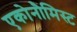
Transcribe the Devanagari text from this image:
एकोनौमिस्ट